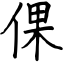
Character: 倮